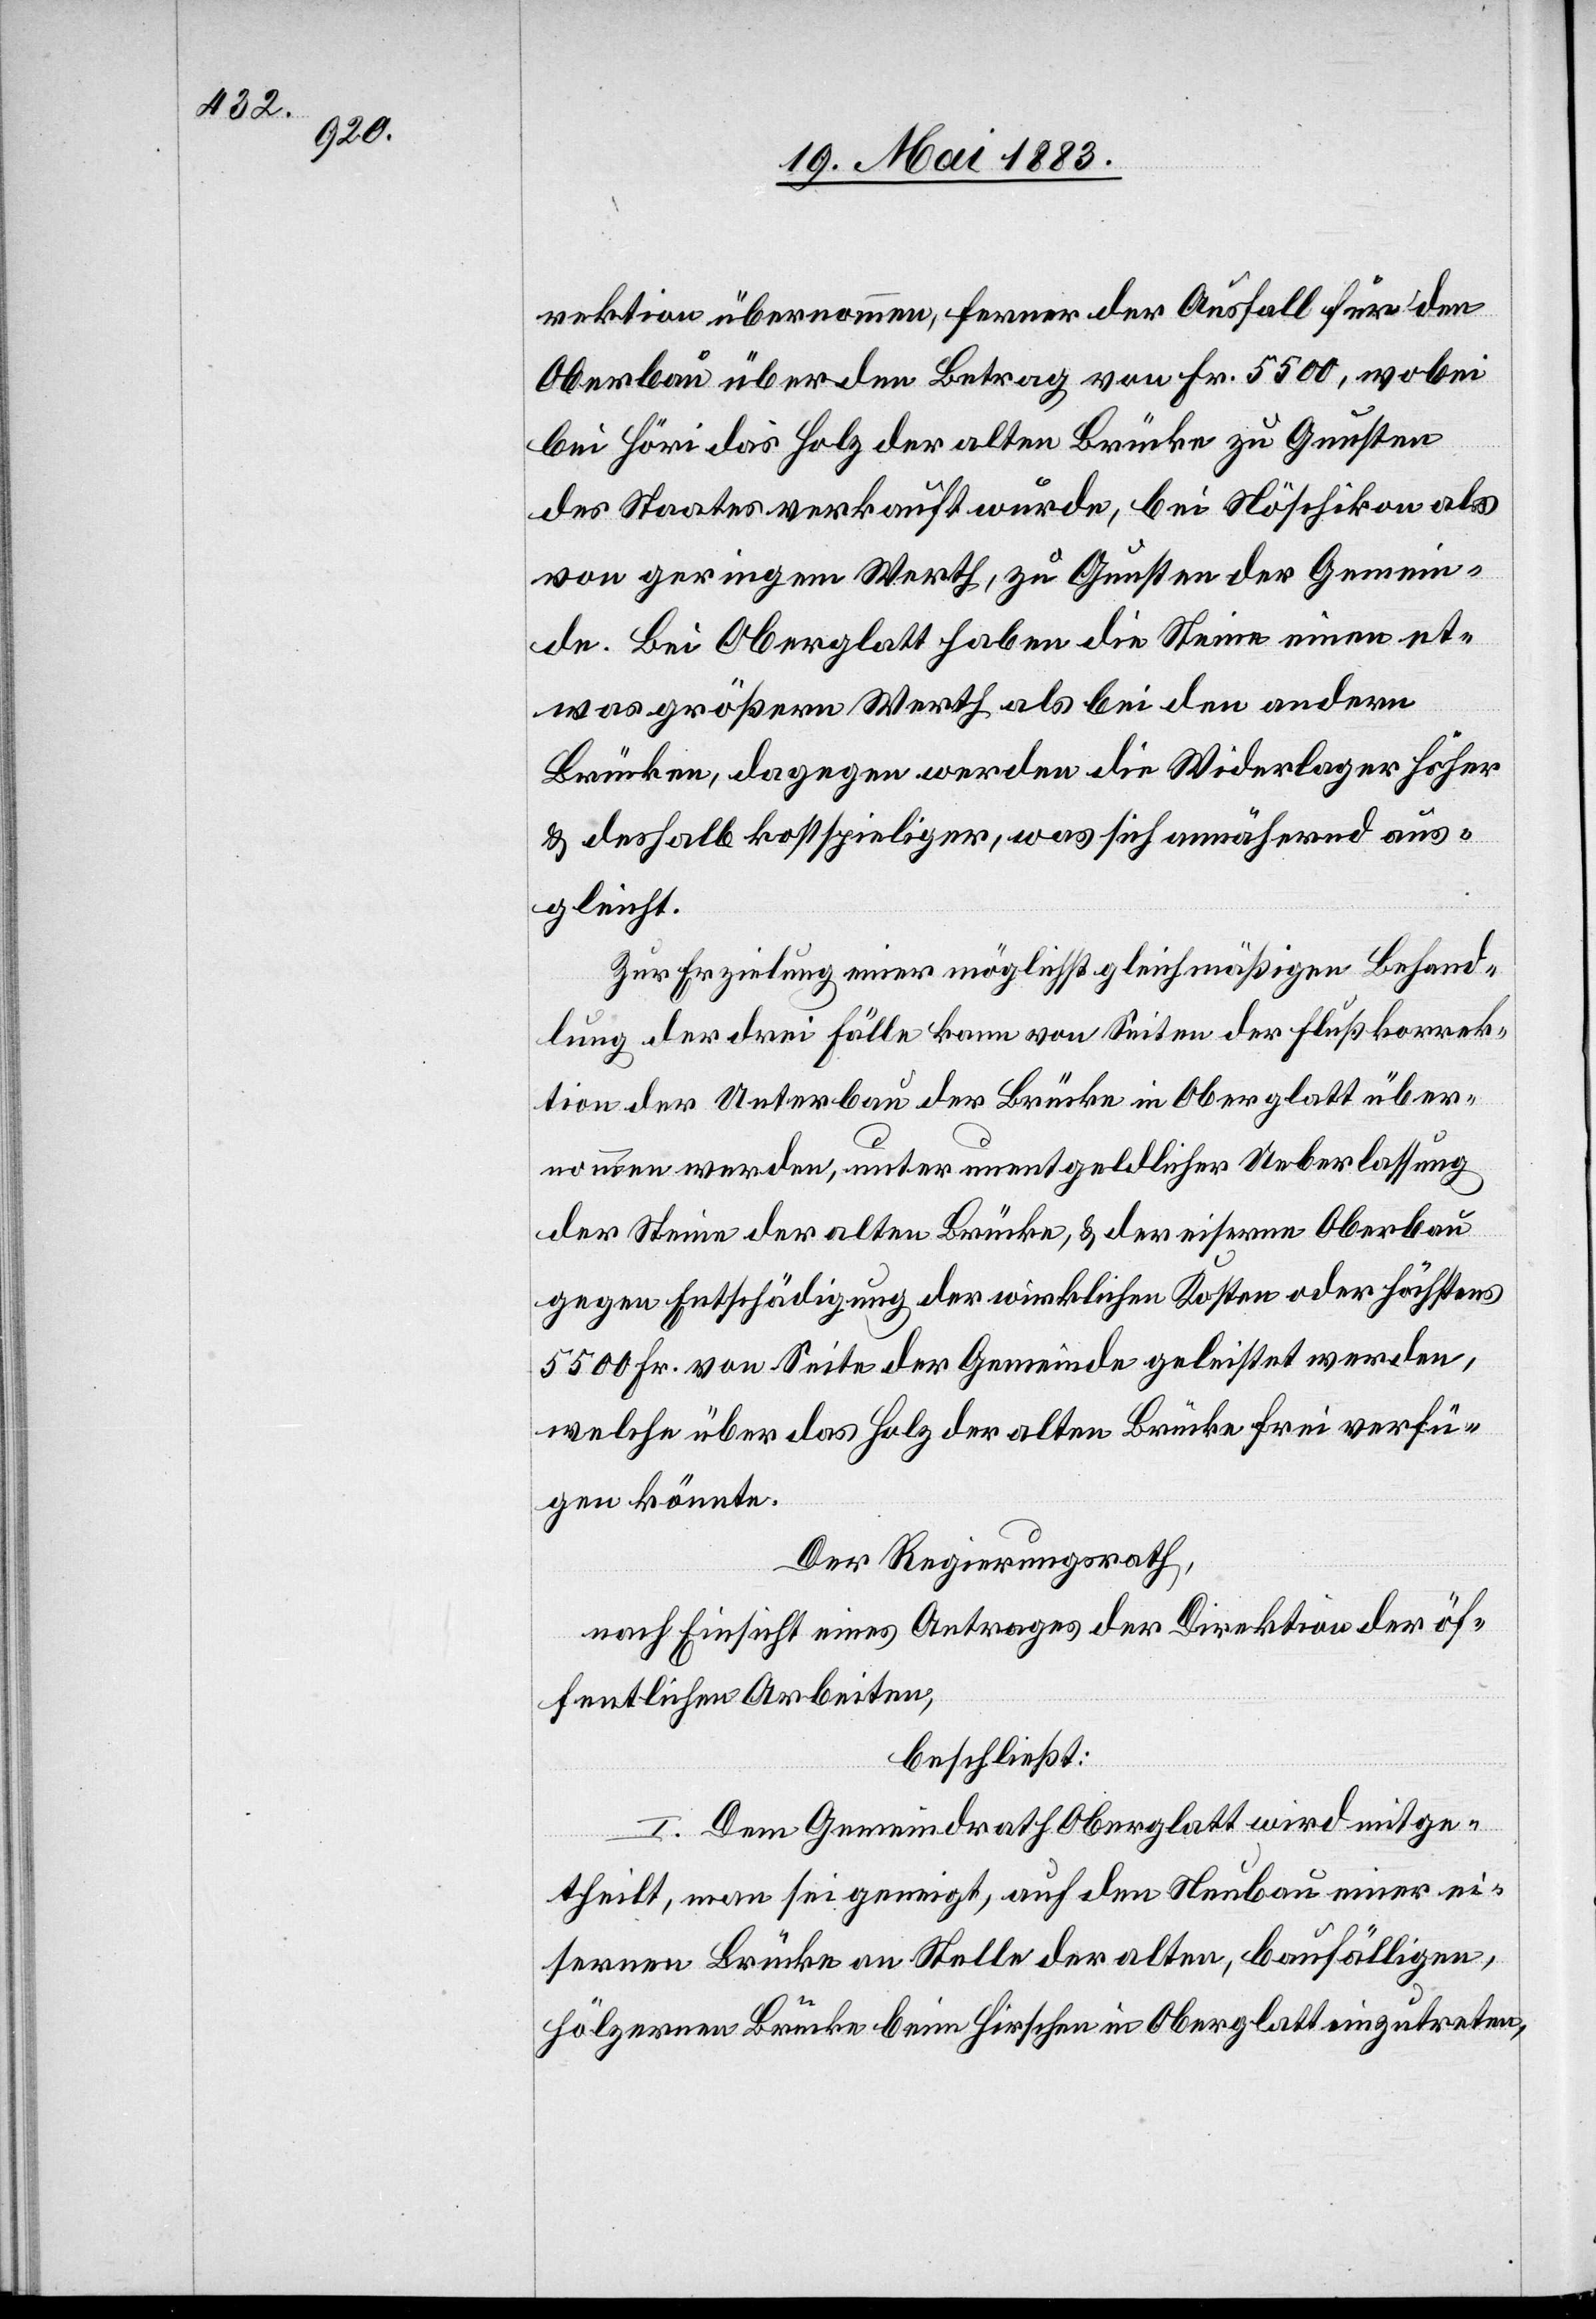
rektion übernommen, ferner der Ausfall für den
Oberbau über den Betrag von Fr. 5500, wobei
bei Höri das Holz der alten Brücke zu Gunsten
des Staates verkauft wurde, bei Nöschikon als
von geringem Werth, zu Gunsten der Gemein¬
de. Bei Oberglatt haben die Steine einen et¬
was größern Werth als bei den andern
Brücken, dagegen werde die Widerlager höher
& deshalb kostspieliger, was sich annährend aus¬
gleicht.
Zur Erzielung einer möglichst gleichmäßigen Behand¬
lung der drei Fälle kann von Seiten der Flußkorrek¬
tion der Unterbau der Brücke in Oberglatt über¬
nommen werden, unter unentgeldlicher Ueberlassung
der Steine der alten Brücke, & der eiserne Oberbau
gegen Entschädigung der wirklichen Kosten oder höchstens
5500 Fr. von Seite der Gemeinde geleistet werden,
welche über das Holz der alten Brücke frei verfü¬
gen könnte.
Der Regierungsrath,
nach Einsicht eines Antrages der Direktion der öf¬
fentlichen Arbeiten,
beschließt:
I. Dem Gemeindrath Oberglatt wird mitge¬
theilt, man sei geneigt, auf den Neubau einer ei¬
sernen Brücke an Stelle der alten, baufälligen,
hölzernen Brücke beim Hirschen in Oberglatt einzutreten,